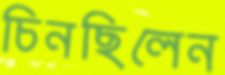
চিনছিলেন